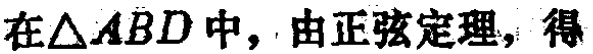
在\(\triangle ABD\)中，由正弦定理，得